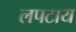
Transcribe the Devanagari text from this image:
लपटाय